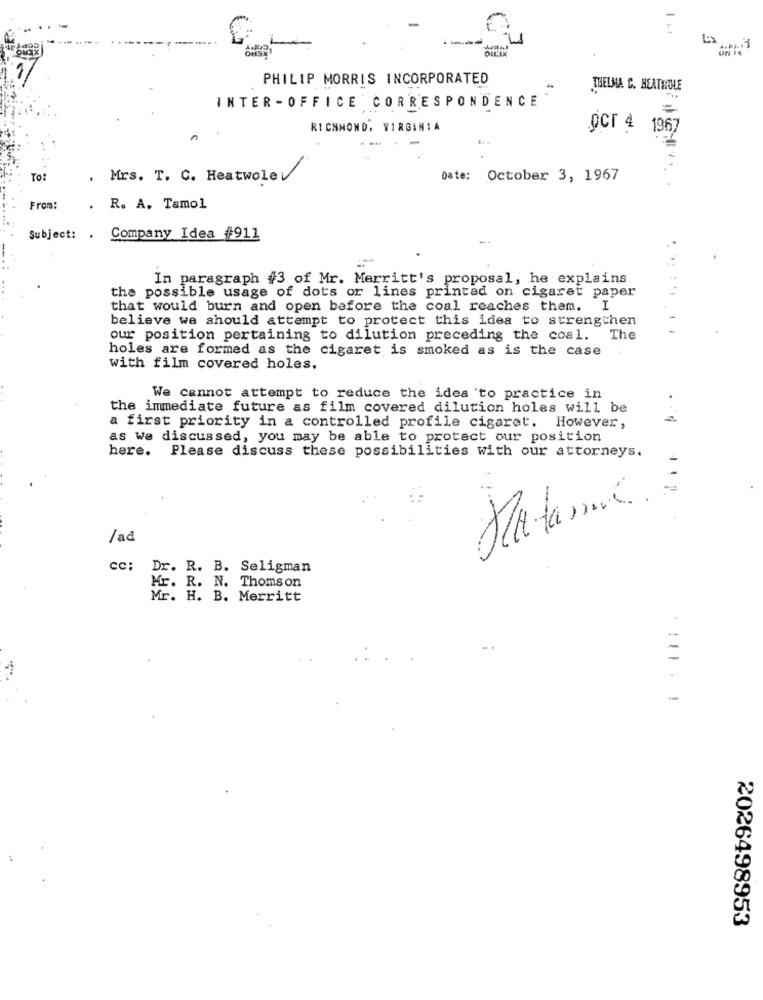
PHILIP MORRIS INCORPORATED
THELMA C. HEATHOLE
INTER -OFFICE CORRESPONDENCE
RICHMOND, VIRGINIA
OCT 4 1967
To:
.
Mrs. T. C. Heatwole
Date: October 3, 1967
From:
. R. A. Tamol
Subject: . Company Idea #911
--.
In paragraph #3 of Mr. Merritt's proposal, he explains
the possible usage of dots or lines printed on cigaret paper
that would burn and open before the coal reaches them. I
believe we should attempt to protect this idea to strengthen
our position pertaining to dilution preceding the coal. The
holes are formed as the cigaret is smoked as is the case
with film covered holes.
We cannot attempt to reduce the idea to practice in
the immediate future as film covered dilution holes will be
a first priority in a controlled profile cigaret. However,
as We discussed, you may be able to protect our position
here.
Please discuss these possibilities with our attorneys.
Matamos.
/ad
cc:
Dr. R. B. Seligman
Mr. R. N. Thomson
Mr. H. B. Merritt
=
-
2026498953